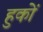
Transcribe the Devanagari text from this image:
हुकों